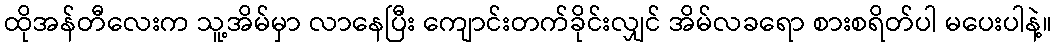
ထိုအန်တီလေးက သူ့အိမ်မှာ လာနေပြီး ကျောင်းတက်ခိုင်းလျှင် အိမ်လခရော စားစရိတ်ပါ မပေးပါနဲ့။